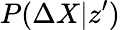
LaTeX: P(\Delta X|z^{\prime})